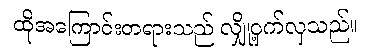
ထိုအကြောင်းတရားသည် လျှို့ဝှက်လှသည်။